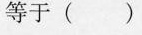
等于( )